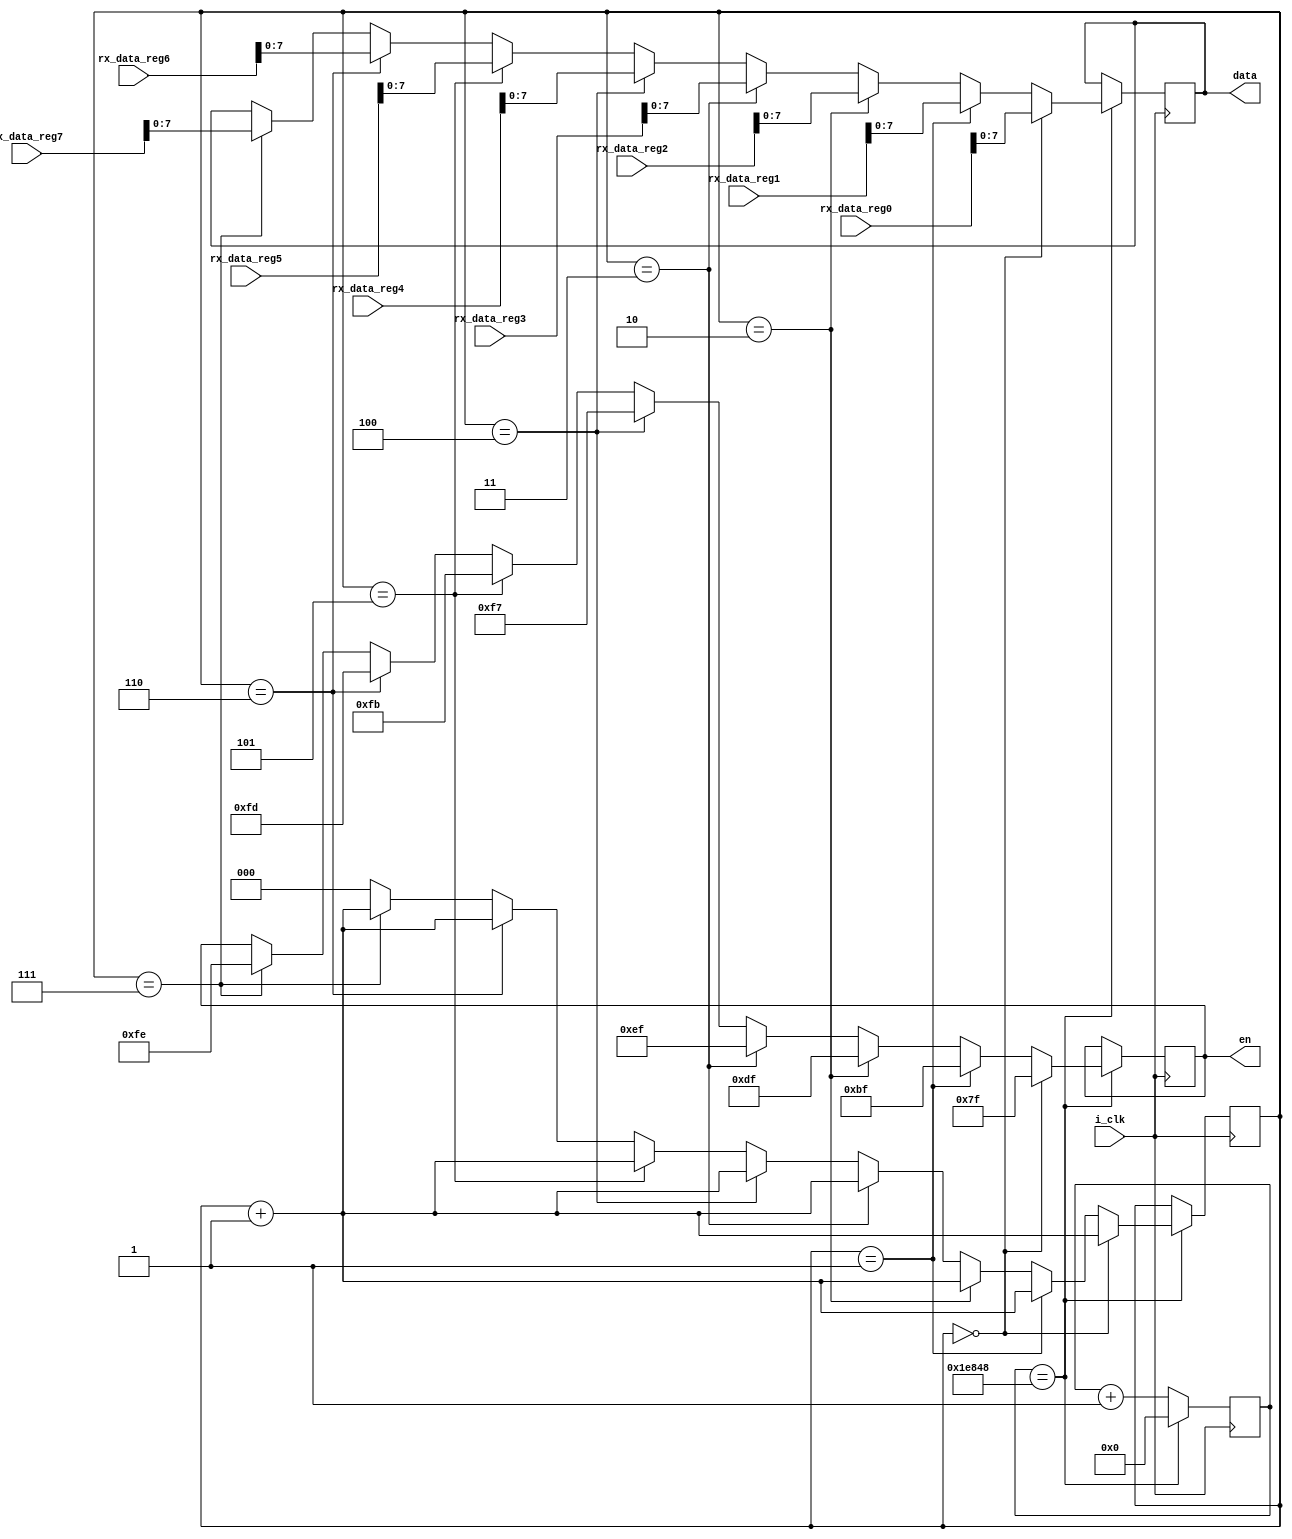
`timescale 1ns / 1ps
//////////////////////////////////////////////////////////////////////////////////
// Company: 
// Engineer: 
// 
// Design Name: 
// Module Name:    ENABLER 
// Project Name: 
// Target Devices: 
// Tool versions: 
// Description: 
//
// Dependencies: 
//
// Revision: 
// Revision 0.01 - File Created
// Additional Comments: 
//
//////////////////////////////////////////////////////////////////////////////////
module ENABLER(
		input wire        i_clk,
		input wire [31:0] rx_data_reg0,
		input wire [31:0] rx_data_reg1,
		input wire [31:0] rx_data_reg2,
		input wire [31:0] rx_data_reg3,
		input wire [31:0] rx_data_reg4,
		input wire [31:0] rx_data_reg5,
		input wire [31:0] rx_data_reg6,
		input wire [31:0] rx_data_reg7,

		output wire [7:0] data,
		output wire [7:0] en  
		);

reg [19:0] clk_counter = 20'd0; 
reg [2:0] en_count     = 3'd0;
reg [7:0]enable;
reg [7:0]index_data;

always@(posedge i_clk)
begin
	if (clk_counter == 'd125000)
	begin
			en_count <= en_count +1;
			clk_counter <= 0;
			
			if(en_count == 3'd0)
				begin enable <= 8'b01111111;  index_data <= rx_data_reg0[7:0];   end
		else if(en_count == 3'd1) 
				begin enable <= 8'b10111111;  index_data <= rx_data_reg1[7:0];   end
		else if(en_count == 3'd2) 
				begin enable <= 8'b11011111;  index_data <= rx_data_reg2[7:0];   end
		else if(en_count == 3'd3) 
				begin enable <= 8'b11101111;  index_data <= rx_data_reg3[7:0];   end
		else if(en_count == 3'd4) 
				begin enable <= 8'b11110111;  index_data <= rx_data_reg4[7:0];   end
		else if(en_count == 3'd5) 
				begin enable <= 8'b11111011;  index_data <= rx_data_reg5[7:0];   end
		else if(en_count == 3'd6) 
				begin enable <= 8'b11111101;  index_data <= rx_data_reg6[7:0];   end
		else if(en_count == 3'd7) 
				begin enable <= 8'b11111110;  index_data <= rx_data_reg7[7:0];   end
		else en_count  <= 3'd0;
	end
	else clk_counter <= clk_counter +1;
		
		
end

assign en   = enable;
assign data = index_data;

endmodule